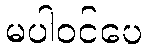
မပါဝင်ပေ